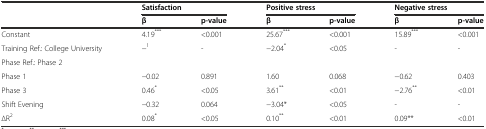
<table><thead><tr><td></td><td colspan="2"><b>Satisfaction</b></td><td colspan="2"><b>Positive stress</b></td><td colspan="2"><b>Negative stress</b></td></tr><tr><td></td><td><b>β</b></td><td><b>p-value</b></td><td><b>β</b></td><td><b>p-value</b></td><td><b>β</b></td><td><b>p-value</b></td></tr></thead><tbody><tr><td>Constant</td><td>4.19<sup>***</sup></td><td>&lt;0.001</td><td>25.67<sup>***</sup></td><td>&lt;0.001</td><td>15.89<sup>***</sup></td><td>&lt;0.001</td></tr><tr><td>Training Ref.: College University</td><td>−<sup>1</sup></td><td>-</td><td>−2.04<sup>*</sup></td><td>&lt;0.05</td><td>-</td><td>-</td></tr><tr><td>Phase Ref.: Phase 2</td><td></td><td></td><td></td><td></td><td></td><td></td></tr><tr><td>Phase 1</td><td>−0.02</td><td>0.891</td><td>1.60</td><td>0.068</td><td>−0.62</td><td>0.403</td></tr><tr><td>Phase 3</td><td>0.46<sup>*</sup></td><td>&lt;0.05</td><td>3.61<sup>**</sup></td><td>&lt;0.01</td><td>−2.76<sup>**</sup></td><td>&lt;0.01</td></tr><tr><td>Shift Evening</td><td>−0.32</td><td>0.064</td><td>−3.04*</td><td>&lt;0.05</td><td>-</td><td>-</td></tr><tr><td>∆R<sup>2</sup></td><td>0.08<sup>*</sup></td><td>&lt;0.05</td><td>0.10<sup>**</sup></td><td>&lt;0.01</td><td>0.09**</td><td>&lt;0.01</td></tr></tbody></table>